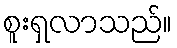
စူးရှလာသည်။